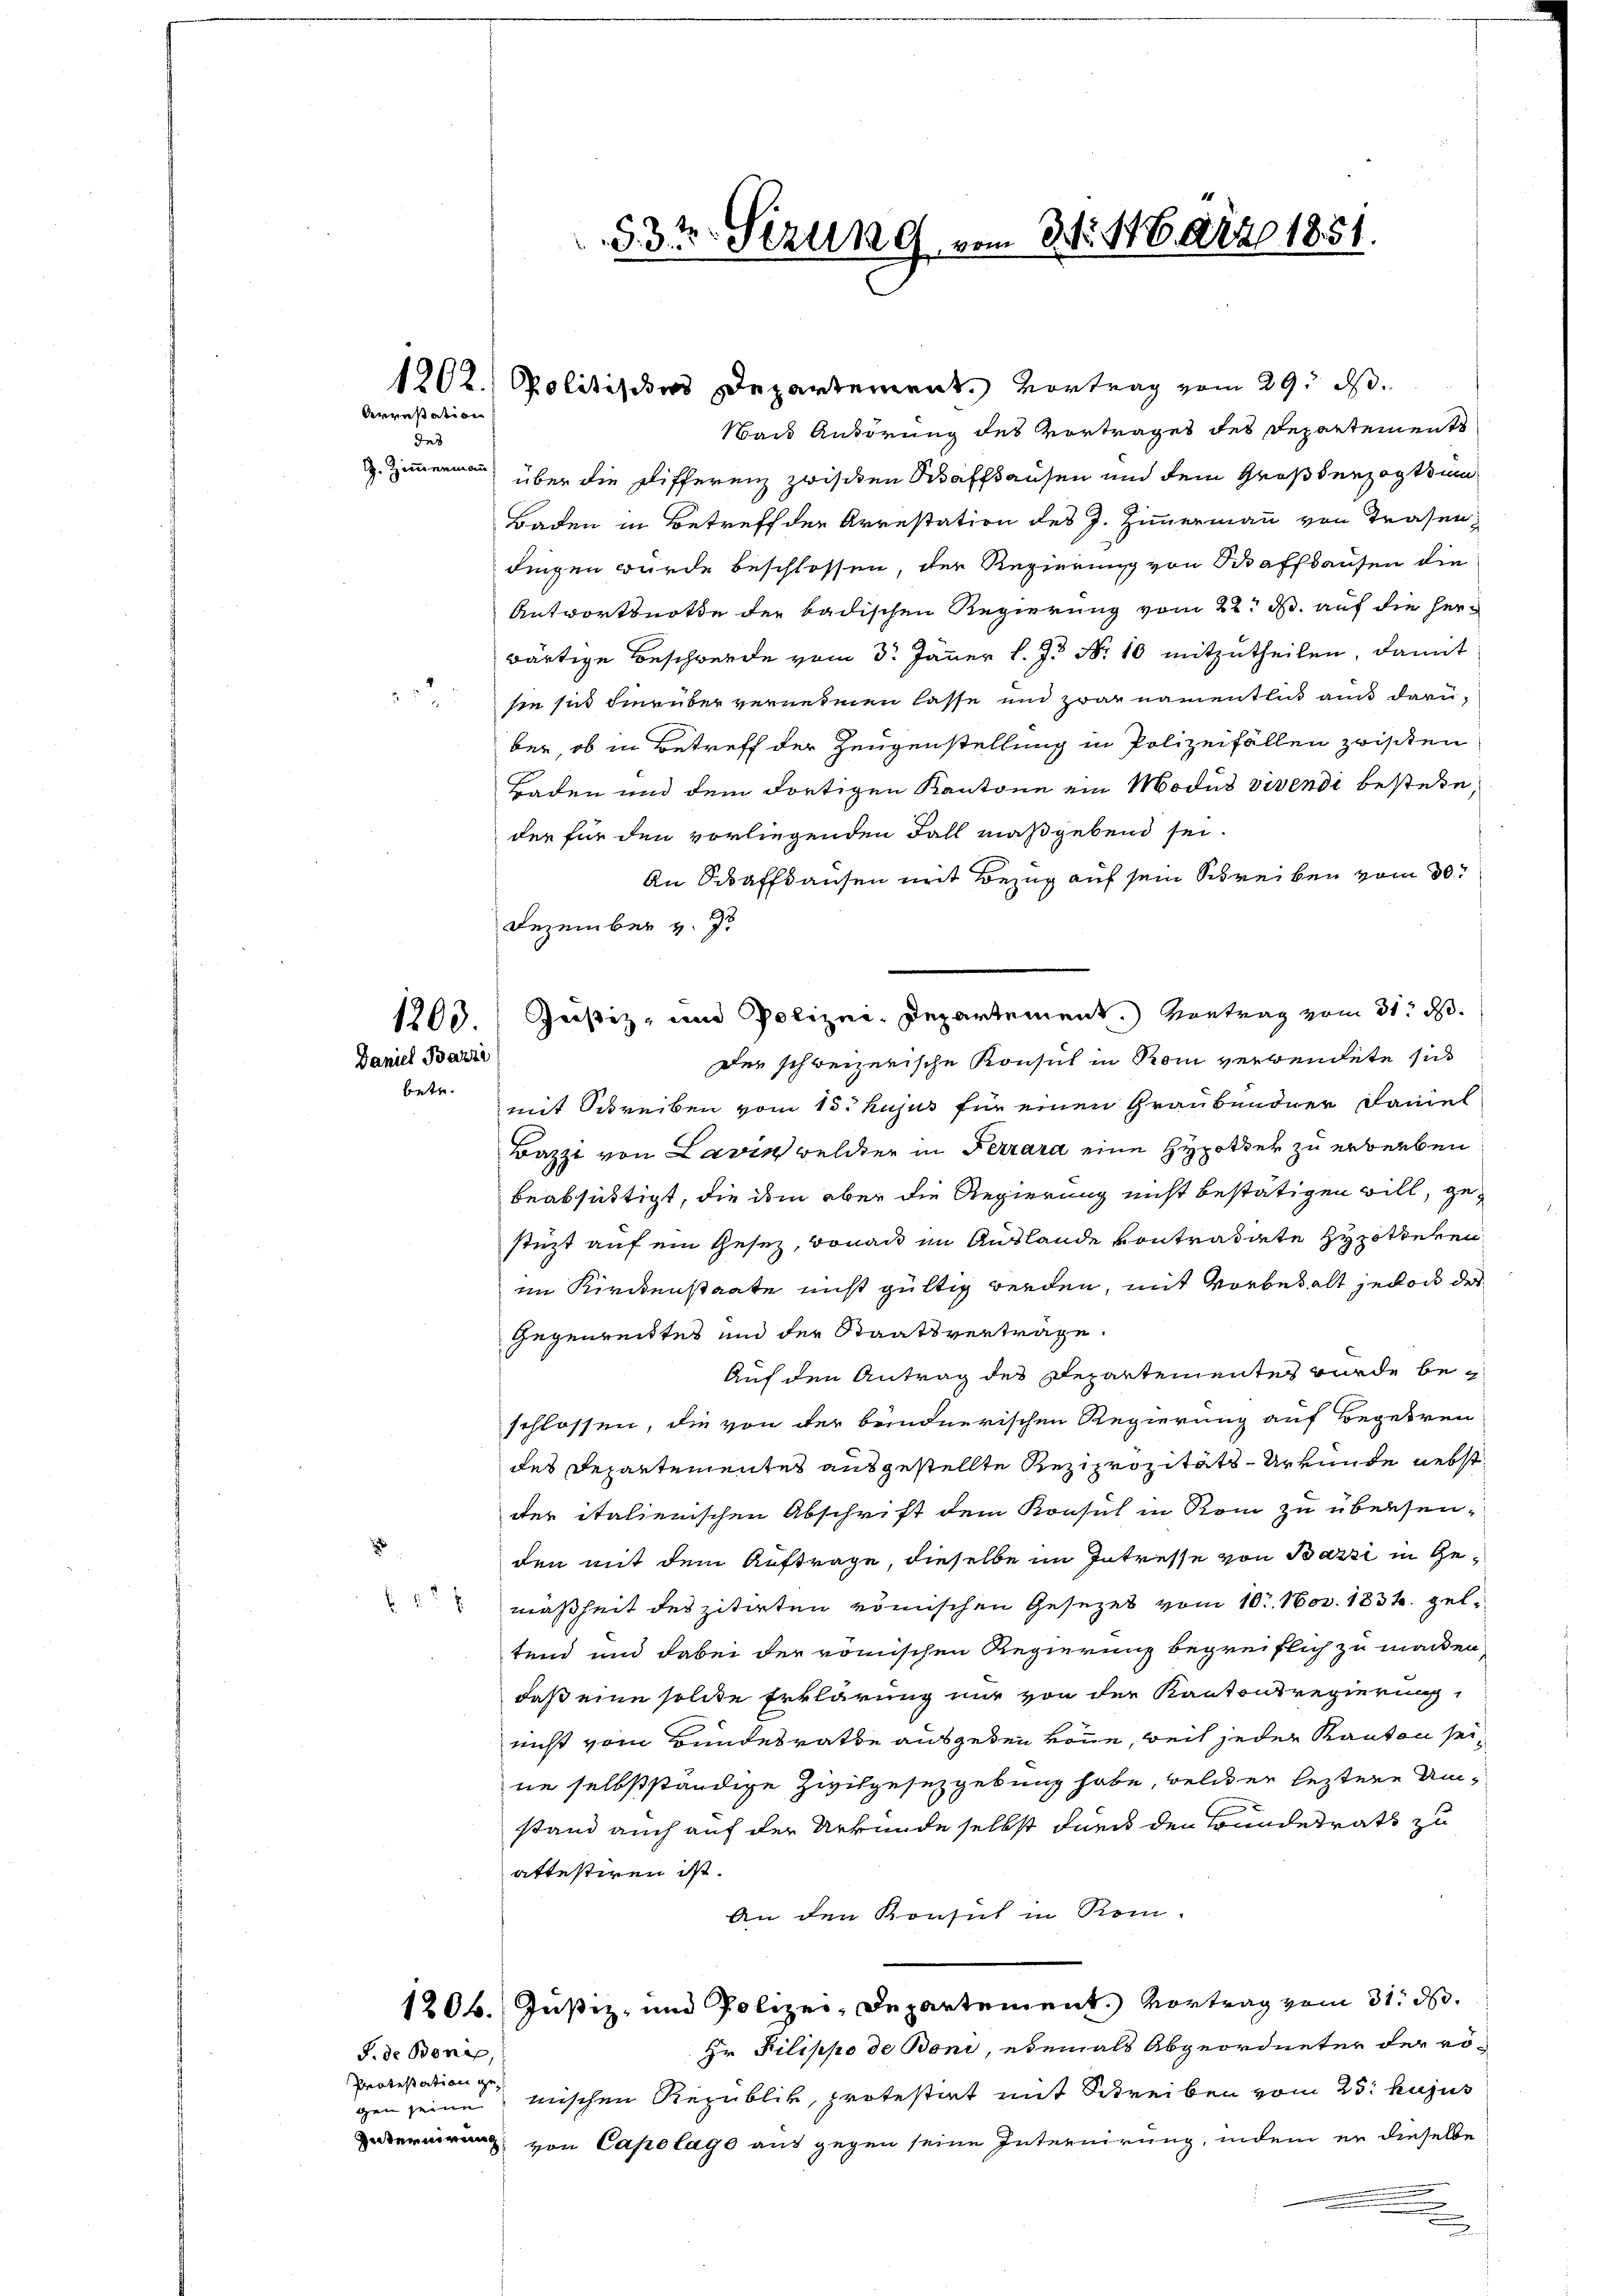
derenstation
Ins

Daniel Barri
betr.

S. de Bene,
Protestation ge

2

x

1202. Politisches Departement. Vortrag vom 29. d.
Nach Anhörung des Vortrages des Departements
. Zimmermann über die Differenz zwischen Schaffhausen und dem Großherzogthum
Baden in Betreff der Arrestation des J. Zimmermann von Trasen,
dingen würde beschlossen, der Regierung von Schaffhausen die
Antwortsnote der badischen Regierung vom 22. d. auf die Herwärtige Beschwerde vom 3t Jänner l. J. Nr. 10 mitzutheilen, damit
sie sich hierüber vernehmen lasse und zwar namentlich aus darüber, ob in Betreff der Zeugenstellung in Polizeifällen zwischen
Baden und dem dortigen Kantone ein Modus vivendi bestehe,
der für den vorliegenden Fall maßgebend sei.
An Schaffhausen mit Bezug auf sein Schreiben vom 30.
Dezember v. 7
1203. Justiz- und Polizei-Departement.) Vortrag vom 31. d.
der schweizerische Konsul in Rom verwendete sich
mit Schreiben vom 15. hujus für einen Graubündner Faniel
Bazzi von Lavin welcher in Ferrara eine Hypotter zu erberben,
beabsichtigt, die dem aber die Regierung nicht bestätigen will, gestüzt auf ein Gesez, Bonau im Auslande von tradierte Hypotteren
im Kirckenstaate nicht gültig werden, mit Vorbehalt jedoch des
Gegenreittes und der Staatsverträge
Auf den Antrag des Departementes wurde beschlossen, die von der bundnerischen Regierung auf Begehren
des Departementes ausgestellte Reziprozitäts-Urkunde nebst
der italienischen Abschrift dem Konsul in Rom zu übersen-
den mit dem Auftrage, dieselbe im Intresse von Barzi in Gemäßheit des zitirten römischen Gesezes vom 10. Nov. 1832. geltend und dabei der römischen Regierung begreiflich zu machen,
daß eine solche Erklärung nur von der Kantonsregierung,
nicht vom Bundesrathe ausgeden könne, weil jeder Kanton seine selbstständige Zivilgesetzgebung habe, welcher leztere Umstand auch auf der Urkunde selbst durch den Grundesrats zu
attestiren ist.
An den Konsul in Rom.
1206. Justiz- und Polizei, Departement. Vortrag vom 31. d.
Hr Pilippo de Boni, ebemals Abgeordneter der rögen seine mischen Republik, protestirt mit Schreiben vom 25. hujus
aternirung von Capelage aus gegen seine Internirung, indem er dieselbe
.

33t Setzung vom 31. 116. Frz. 1851.